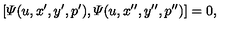
[ { \mit \Psi } ( u , x ^ { \prime } , y ^ { \prime } , p ^ { \prime } ) , { \mit \Psi } ( u , x ^ { \prime \prime } , y ^ { \prime \prime } , p ^ { \prime \prime } ) ] = 0 ,